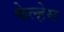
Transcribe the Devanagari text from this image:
केल्हेम